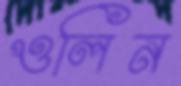
ওলিন